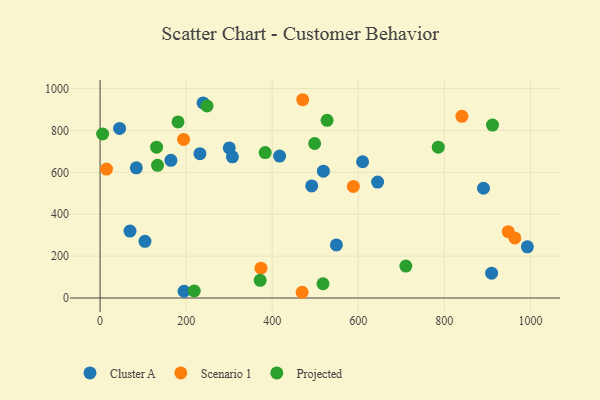
{"axis": {"x": "Experience", "y": "Exam Score"}, "legend": ["Cluster A", "Projected", "Scenario 1"], "data": [{"x": "610.0", "y": 650.7, "type": "Cluster A"}, {"x": "992.9", "y": 244.5, "type": "Cluster A"}, {"x": "300.2", "y": 717.0, "type": "Cluster A"}, {"x": "84.2", "y": 621.8, "type": "Cluster A"}, {"x": "45.3", "y": 809.9, "type": "Cluster A"}, {"x": "164.6", "y": 657.6, "type": "Cluster A"}, {"x": "549.1", "y": 253.7, "type": "Cluster A"}, {"x": "417.2", "y": 677.7, "type": "Cluster A"}, {"x": "890.9", "y": 524.1, "type": "Cluster A"}, {"x": "518.9", "y": 605.7, "type": "Cluster A"}, {"x": "69.5", "y": 319.6, "type": "Cluster A"}, {"x": "195.1", "y": 32.3, "type": "Cluster A"}, {"x": "491.7", "y": 535.3, "type": "Cluster A"}, {"x": "239.3", "y": 931.7, "type": "Cluster A"}, {"x": "307.5", "y": 674.4, "type": "Cluster A"}, {"x": "232.0", "y": 689.2, "type": "Cluster A"}, {"x": "104.3", "y": 270.6, "type": "Cluster A"}, {"x": "644.9", "y": 553.9, "type": "Cluster A"}, {"x": "909.8", "y": 118.5, "type": "Cluster A"}, {"x": "194.0", "y": 757.5, "type": "Scenario 1"}, {"x": "469.5", "y": 27.3, "type": "Scenario 1"}, {"x": "948.4", "y": 316.7, "type": "Scenario 1"}, {"x": "963.7", "y": 286.7, "type": "Scenario 1"}, {"x": "14.9", "y": 615.9, "type": "Scenario 1"}, {"x": "470.9", "y": 947.0, "type": "Scenario 1"}, {"x": "588.5", "y": 532.8, "type": "Scenario 1"}, {"x": "840.7", "y": 867.9, "type": "Scenario 1"}, {"x": "373.8", "y": 142.3, "type": "Scenario 1"}, {"x": "383.6", "y": 694.7, "type": "Projected"}, {"x": "710.5", "y": 152.4, "type": "Projected"}, {"x": "248.5", "y": 917.0, "type": "Projected"}, {"x": "785.8", "y": 720.5, "type": "Projected"}, {"x": "911.9", "y": 826.1, "type": "Projected"}, {"x": "372.0", "y": 84.4, "type": "Projected"}, {"x": "133.5", "y": 633.8, "type": "Projected"}, {"x": "498.6", "y": 737.9, "type": "Projected"}, {"x": "218.8", "y": 33.5, "type": "Projected"}, {"x": "5.9", "y": 783.2, "type": "Projected"}, {"x": "181.1", "y": 840.9, "type": "Projected"}, {"x": "131.3", "y": 720.2, "type": "Projected"}, {"x": "527.4", "y": 848.6, "type": "Projected"}, {"x": "518.0", "y": 68.1, "type": "Projected"}]}